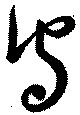
守